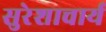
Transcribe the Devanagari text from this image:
सुरेशाचार्य